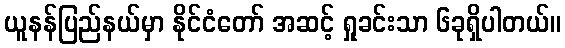
ယူနန်ပြည်နယ်မှာ နိုင်ငံတော် အဆင့် ရှုခင်းသာ ၆ခုရှိပါတယ်။